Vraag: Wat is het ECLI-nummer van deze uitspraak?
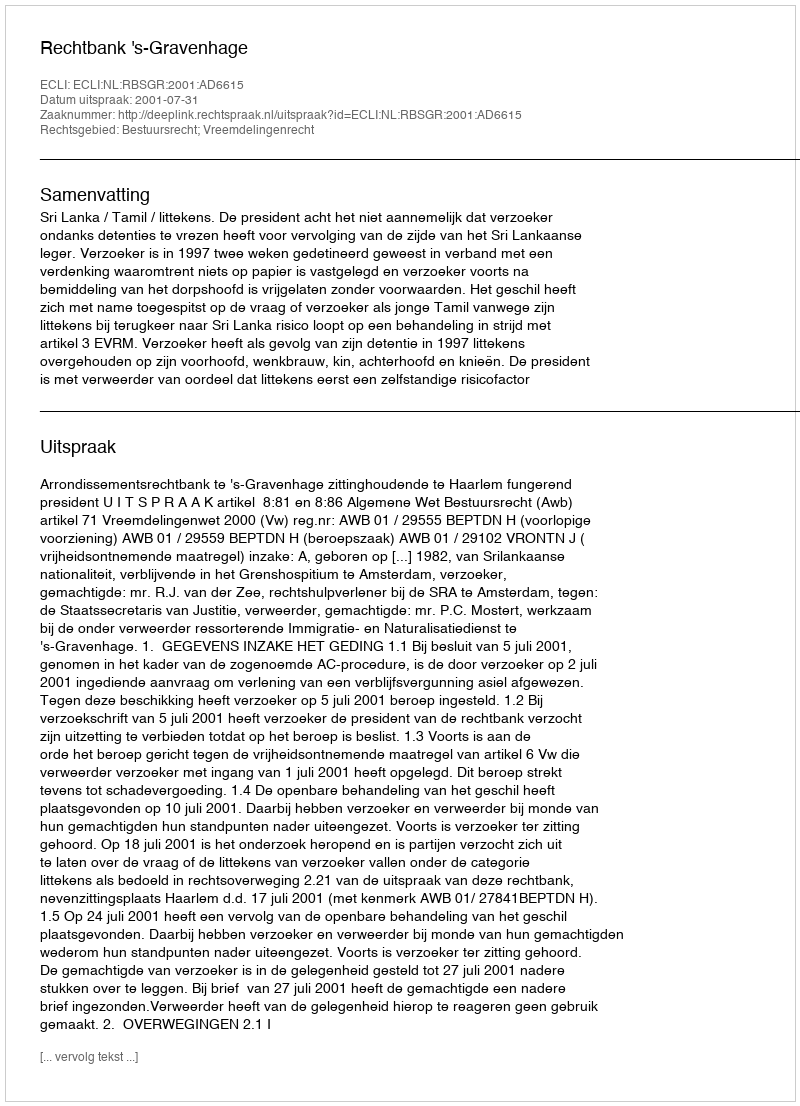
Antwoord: ECLI:NL:RBSGR:2001:AD6615